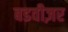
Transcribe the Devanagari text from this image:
बडवीज़र